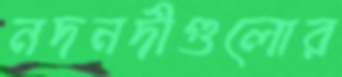
নদনদীগুলোর